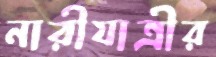
নারীযাত্রীর